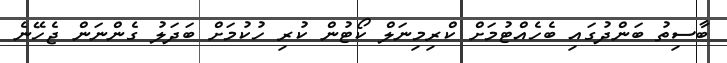
ބާސިތު ބަންދުގައި ބެހެއްޓުމަށް ކްރިމިނަލް ކޯޓުން ކުރި ހުކުމަށް ބަދަލު ގެންނަން ޖެހޭނެ